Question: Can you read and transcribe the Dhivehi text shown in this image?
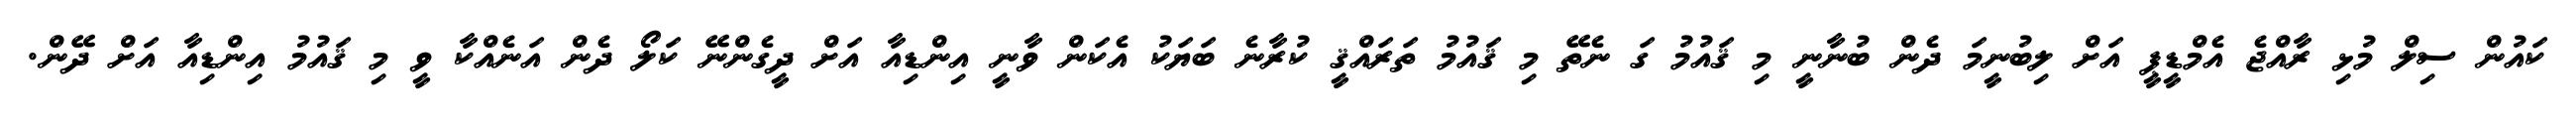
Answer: ކައުން ސިލް މުޅި ރާއްޖެ އެމްޑީޕީ އަށް ލިބުނީމަ ދެން ބުނާނީ މި ޤައުމު ގަ ނެތޭ މި ޤައުމު ތަރައްޤީ ކުރާނެ ބަޔަކު އެކަން ވާނީ އިންޑިއާ އަށް ދީގެންނޭ ކަލޯ ދެން އަނެއްކާ ވީ މި ޤައުމު އިންޑިއާ އަށް ދޭން.